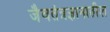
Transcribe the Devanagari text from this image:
जैवतंत्रज्ञानातील